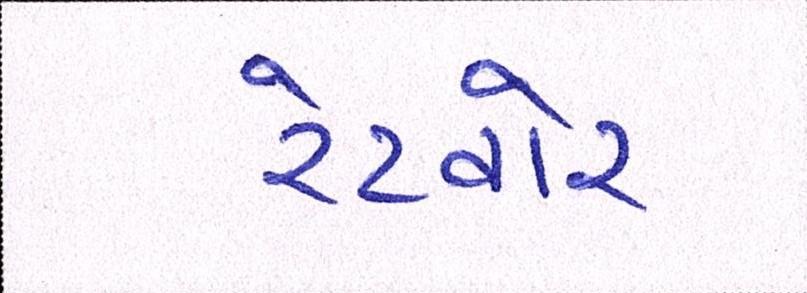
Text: રેટવોર